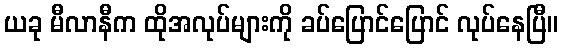
ယခု မီလာနီက ထိုအလုပ်များကို ခပ်ပြောင်ပြောင် လုပ်နေပြီ။